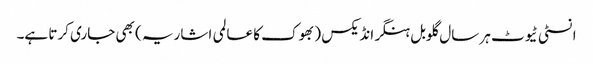
انسٹی ٹیوٹ ہر سال گلوبل ہنگر انڈیکس ( بھوک کا عالمی اشاریہ ) بھی جاری کرتا ہے۔